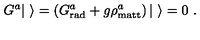
G ^ { a } | \ \rangle = \left( G _ { \mathrm { r a d } } ^ { a } + g \rho _ { \mathrm { m a t t } } ^ { a } \right) | \ \rangle = 0 \ .